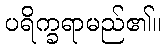
ပရိက္ခရာမည်၏။